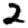
Digit: 2